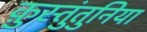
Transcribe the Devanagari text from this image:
क़ुस्तुंतुनिया